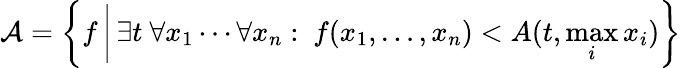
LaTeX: {\mathcal{A}}=\left\{ f\, {\bigg|}\, \exists t\ \forall x_{1}\cdots\forall x_{n}:\ f(x_{1},\ldots,x_{n})<A(t,\operatorname*{max}_{i}x_{i})\right\}